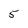
Character: 5